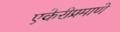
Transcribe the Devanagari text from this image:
एकेरीप्रमाणे